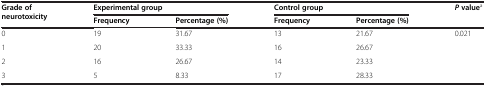
<table><thead><tr><td rowspan="2"><b>Grade of neurotoxicity</b></td><td colspan="2"><b>Experimental group</b></td><td colspan="2"><b>Control group</b></td><td rowspan="2"><b><i>P </i>value<sup>a</sup></b></td></tr><tr><td><b>Frequency</b></td><td><b>Percentage (%)</b></td><td><b>Frequency</b></td><td><b>Percentage (%)</b></td></tr></thead><tbody><tr><td>0</td><td>19</td><td>31.67</td><td>13</td><td>21.67</td><td rowspan="3">0.021</td></tr><tr><td>1</td><td>20</td><td>33.33</td><td>16</td><td>26.67</td></tr><tr><td>2</td><td>16</td><td>26.67</td><td>14</td><td>23.33</td></tr><tr><td>3</td><td>5</td><td>8.33</td><td>17</td><td>28.33</td><td> </td></tr></tbody></table>